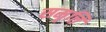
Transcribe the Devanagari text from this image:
समृत्ति